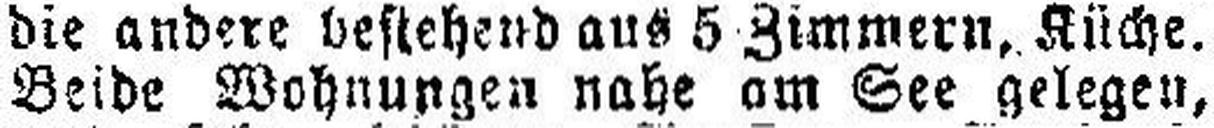
Beide Wohnungen nahe am See gelegen,